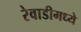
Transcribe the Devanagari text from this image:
रेवाडीमध्ये